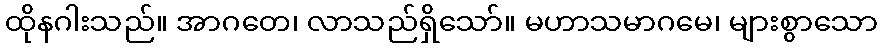
ထိုနဂါးသည်။ အာဂတေ၊ လာသည်ရှိသော်။ မဟာသမာဂမေ၊ များစွာသော